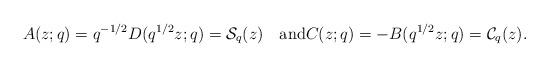
LaTeX: \begin{align*} A(z;q)=q^{-1/2}D(q^{1/2}z;q)=\mathcal{S}_{q}(z) \quad\mbox{and} C(z;q)=-B(q^{1/2}z;q)=\mathcal{C}_{q}(z).\end{align*}